Report on the working of the Ranchi Indian Mental Hospital, Kanke, in Bihar and Orissa - 1930-1940
Year: 1930
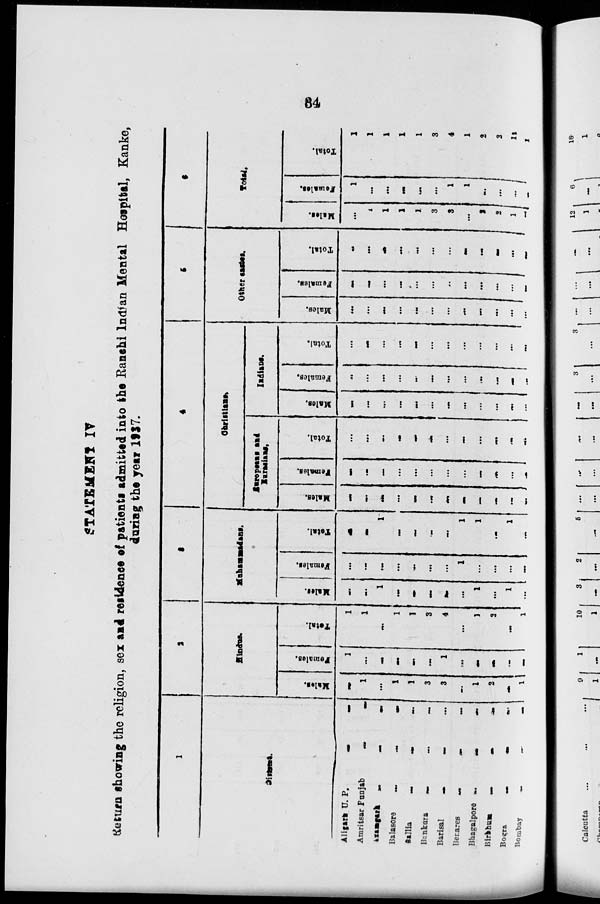
34
STATEMENT IV
Return showing the religion, sex and residence of patients admitted into the Ranchi Indian Mental Hospital, Kanke,
during the year 1937.
1
Districts.
Aligarh U. P.
...
...
Amritsar Punjab
...
...
Azamgarh
...
...
...
Balasore
...
...
...
Ballia
...
... ...
Bankura ... ... ...
Barisal
... ... ...
Benares
.
.
.
... ...
Bhagalpore ...
...
...
Birbhum
...
...
...
Bogra
...
... ...
Bombay ... ... ...
2
Hindus.
Males.
...
1
...
1
1
3
3
...
1
2
...
1
Females.
1
...
...
...
...
...
1
...
...
...
...
...
Total.
1
1
...
1
1
3
4
...
1
2
...
1
3
Muhammadans.
Males.
...
...
1
...
...
...
...
...
1
...
1
...
Females.
...
...
...
...
...
...
...
1
...
...
...
...
Total.
...
...
1
...
...
...
...
1
1
...
1
...
4
Christians.
Europeans and
Eurasians.
Males.
...
...
...
...
...
...
...
...
...
...
...
...
Females.
...
...
...
...
...
...
...
...
...
...
...
...
Total.
...
...
...
...
...
...
...
...
...
...
...
...
Indians.
Males.
...
...
...
...
...
...
...
...
...
...
...
...
Females.
...
...
...
...
...
...
...
...
...
...
...
...
Total.
...
...
...
...
...
...
...
...
...
...
...
...
5
Other castes.
Males.
...
...
...
...
...
...
...
...
...
...
...
...
Females.
...
...
...
...
...
...
...
...
...
...
... ...
Total.
...
...
...
...
...
...
...
...
...
...
...
...
6
Total.
Males.
...
1
1
1
1
3
3
...
2
2
1
1
Females.
1
...
...
...
...
...
1
1 ...
...
... ...
Total.
1
1
1
1
1
3
4
1
2
2
1
1